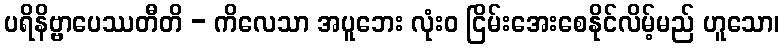
ပရိနိဗ္ဗာပေဿတီတိ - ကိလေသာ အပူဘေး လုံးဝ ငြိမ်းအေးစေနိုင်လိမ့်မည် ဟူသော၊